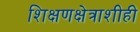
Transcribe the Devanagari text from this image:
शिक्षणक्षेत्राशीही